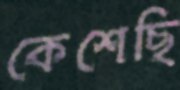
কেশেছি